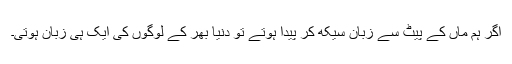
اگر ہم ماں کے پیٹ سے زبان سیکھ کر پیدا ہوتے تو دنیا بھر کے لوگوں کی ایک ہی زبان ہوتی۔